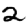
Digit: 2